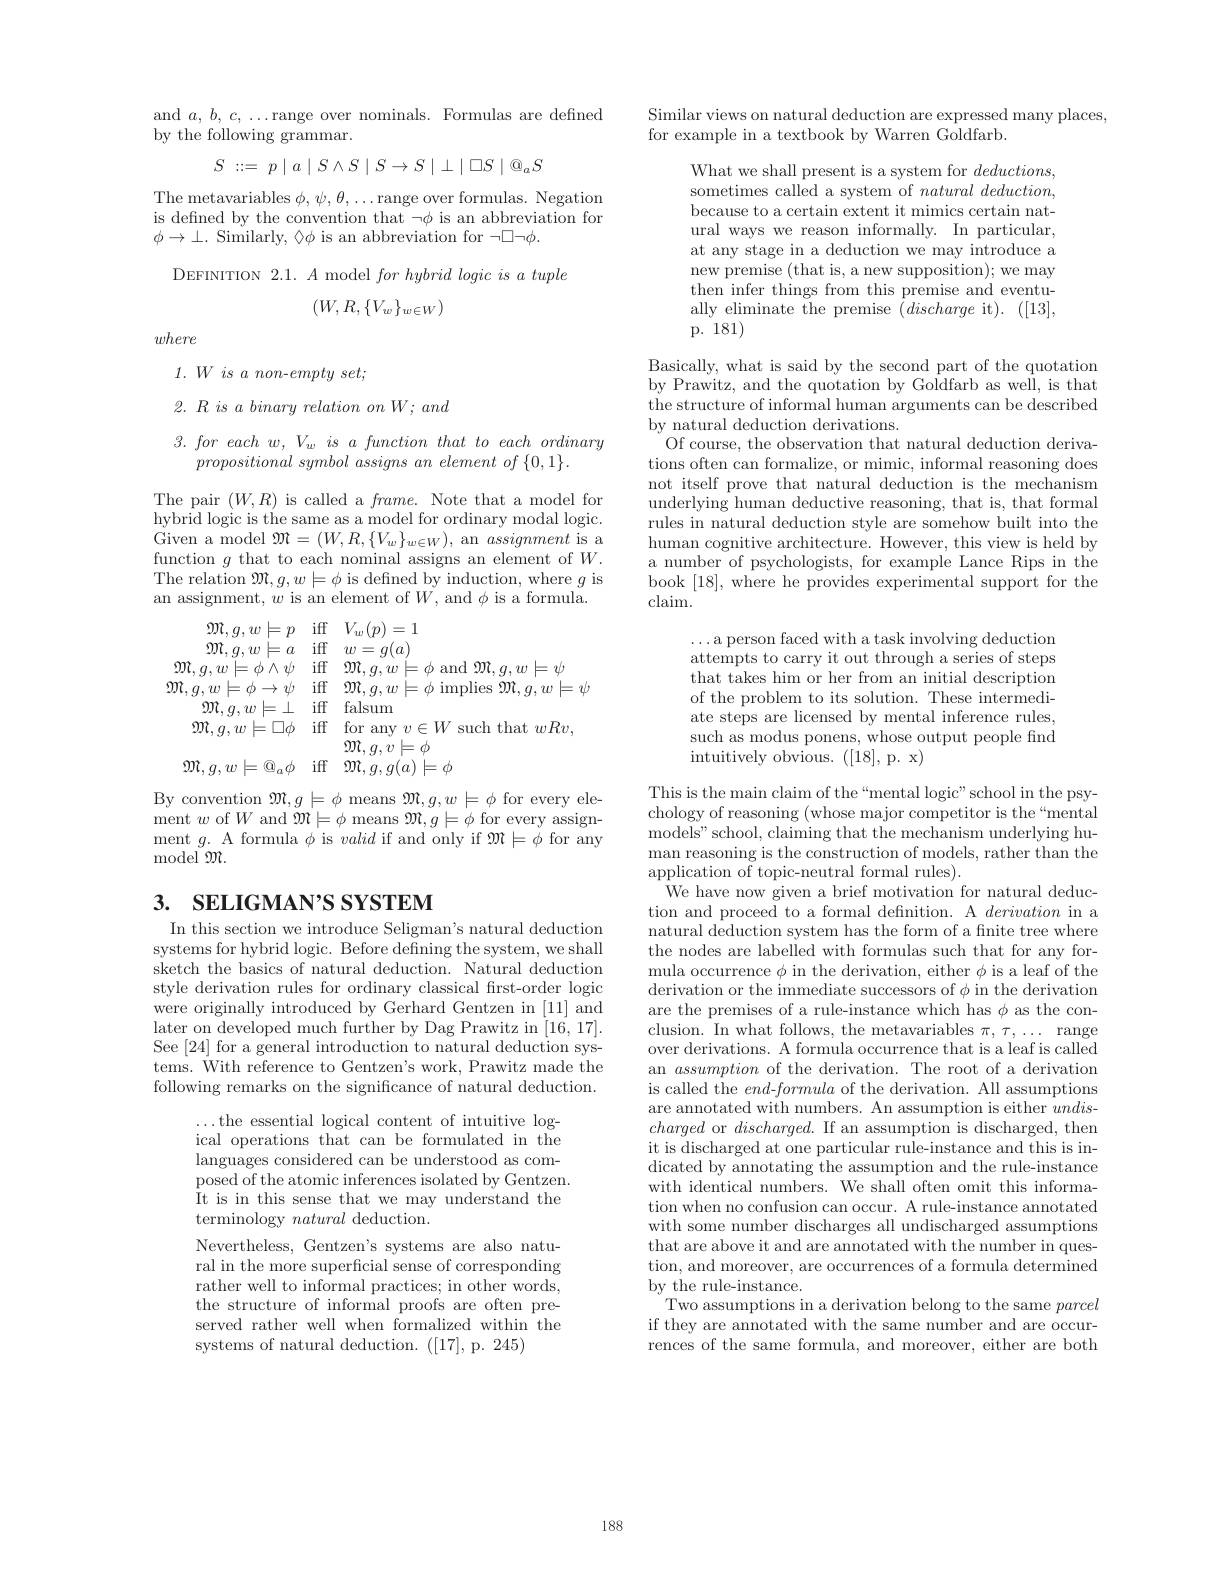
and $a,b,c,\ldots$range over nominals. Formulas are defined
by the following grammar.
$$S\::=\:p\mid a\mid S\wedge S\mid S\to S\mid\perp\mid\square S\mid\otimes_{a}S$$
The metavariables $\phi,\psi,\theta,\ldots$range over formulas. Negation is defined by the convention that $\neg\phi$ is an abbreviation for $\phi\to\bot.$ Similarly, $\Diamond\phi$ is an abbreviation for $\neg\Box\neg\phi.$

## DEFINITION $2.1.A$ model $forhybrid\textit{logic is a tuple}$
$$(W,R,\{V_w\}_{w\in W})$$
where

$1. W\textit{ is a non- }empty\textit{ set};$

$2. \textit{R is a binary relation on W; and}$

$3.foreachw,V_wisafunctionthattoeachordinary$
$propositional\textit{ symbol assigns an element of }\{ 0, 1\} .$

The pair $(W,R)$ is called a $frame.$ Note that a model for hybrid logic is the same as a model for ordinary modal logic. Given a model $\mathfrak{M}=(W,R,\{V_{w}\}_{w\in W})$, an assignment is a function $g$ that to each nominal assigns an element of $W.$ The relation $\mathfrak{M},g,w\models\phi$ is defined by induction, where $g$ is an assignment, $w$ is an element of $W$, and $\phi$ is a formula

$\mathfrak{M} , g, w\models p$ iff $V_w( p) = 1$

$\begin{array}{ccc}{\mathfrak{M},g,w\models a}&{\mathrm{iff}}&{w=g(a)}\\{\mathfrak{M},g,w\models\phi\wedge\psi}&{\mathrm{iff}}&{\mathfrak{M},g,w\models\phi\text{ and }\mathfrak{M},g,w\models\psi}\\{\mathfrak{M},g,w\models\phi\to\psi}&{\mathrm{iff}}&{\mathfrak{M},g,w\models\phi\text{ implies }\mathfrak{M},g,w\models\psi}\end{array}$

$\begin{array}{ccc}{\mathfrak{m},g,w\models\bot}&{\mathrm{iff}}&{\mathrm{falsum}}\\{\mathfrak{m},g,w\models\Box\phi}&{\mathrm{iff}}&{\mathrm{for~any~}v\in W\text{ such that }wRv,}\end{array}$

$\mathfrak{M},g,\tilde{v}\models\phi$

$\mathfrak{M} , g, w\models \mathbb{Q} _a\phi$ if $\mathfrak{M} , g, g( a) \models \phi$

By convention $\mathfrak{M},g\models\phi$ means $\mathfrak{M},g,w\models\phi$ for every ele- $\operatorname*{ment}w$ of$W$ and $\mathcal{M}\models\phi$ means $\mathcal{M},g\models\phi$ for every assignment $g.$ A formula $\phi$ is valid if and only if $\mathfrak{M}\models\phi$ for any model $\mathfrak{M}.$

## 3. SELIGMAN'S SYSTEM

In this section we introduce Seligman's natural deduction systems for hybrid logic. Before defining the system, we shall sketch the basics of natural deduction. Natural deduction style derivation rules for ordinary classical first-order logic were originally introduced by Gerhard Gentzen in [11] and later on developed much further by Dag Prawitz in [16,17]. See [24] for a general introduction to natural deduction systems. With reference to Gentzen's work, Prawitz made the following remarks on the significance of natural deduction.

$\ldots$the essential logical content of intuitive logical operations that can be formulated in the languages considered can be understood as composed of the atomic inferences isolated by Gentzen. It is in this sense that we may understand the terminology natural deduction.
Nevertheless, Gentzen's systems are also natural in the more superficial sense of corresponding rather well to informal practices; in other words, the structure of informal proofs are often preserved rather well when formalized within the systems of natural deduction. ([17], p. 245)

Similar views on natural deduction are expressed many places,
for example in a textbook by Warren Goldfarb.

What we shall present is a system for $deductions$, sometimes called a system of $natural\textit{deduction, }$ because to a certain extent it mimics certain natural ways we reason informally. In particular, at any stage in a deduction we may introduce a new premise (that is, a new supposition); we may then infer things from this premise and eventually eliminate the premise $(discharge$ it). ([13], p.$^{\circ}181)$

Basically, what is said by the second part of the quotation by Prawitz, and the quotation by Goldfarb as well, is that the structure of informal human arguments can be described by natural deduction derivations.
Of course, the observation that natural deduction derivations often can formalize, or mimic, informal reasoning does not itself prove that natural deduction is the mechanism underlying human deductive reasoning, that is, that formal rules in natural deduction style are somehow built into the human cognitive architecture. However, this view is held by a number of psychologists, for example Lance Rips in the book [18], where he provides experimental support for the claim.

$\ldots$a person faced with a task involving deduction attempts to carry it out through a series of steps that takes him or her from an initial description of the problem to its solution. These intermediate steps are licensed by mental inference rules, such as modus ponens, whose output people find ${\mathrm{intuitively~obvious.~([18],~p.~x)}}$

This is the main claim of the “mental logic" school in the psychology of reasoning (whose major competitor is the“mental models" school, claiming that the mechanism underlying human reasoning is the construction of models, rather than the application of topic-neutral formal rules).
We have now given a brief motivation for natural deduction and proceed to a formal definition. A derivation in a natural deduction system has the form of a finite tree where the nodes are labelled with formulas such that for any formula occurrence $\phi$ in the derivation, either $\phi$ is a leaf of the derivation or the immediate successors of $\phi$ in the derivation are the premises of a rule-instance which has $\phi$ as the conclusion. In what follows, the metavariables $\pi,\tau,\ldots$ range over derivations. A formula occurrence that is a leaf is called an assumption of the derivation. The root of a derivation is called the $end-formula$ of the derivation. All assumptions are annotated with numbers. An assumption is either undischarged or $discharged.$ If an assumption is discharged, then it is discharged at one particular rule-instance and this is indicated by annotating the assumption and the rule-instance with identical numbers. We shall often omit this information when no confusion can occur. A rule-instance annotated with some number discharges all undischarged assumptions that are above it and are annotated with the number in question, and moreover, are occurrences of a formula determined by the rule-instance.
Two assumptions in a derivation belong to the same parcel if they are annotated with the same number and are occurrences of the same formula, and moreover, either are both

188